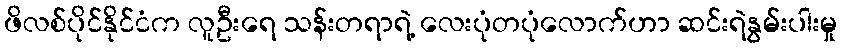
ဖိလစ်ပိုင်နိုင်ငံက လူဦးရေ သန်းတရာရဲ့ လေးပုံတပုံလောက်ဟာ ဆင်းရဲနွမ်းပါးမှု